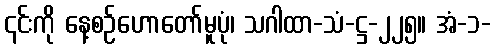
၎င်းကို နေ့စဉ်ဟောတော်မူပုံ၊ သဂါထာ-သံ-ဋ္ဌ-၂၂၅။ အံ-၁-